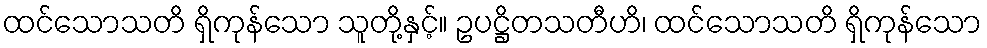
ထင်သောသတိ ရှိကုန်သော သူတို့နှင့်။ ဥပဋ္ဌိတသတီဟိ၊ ထင်သောသတိ ရှိကုန်သော